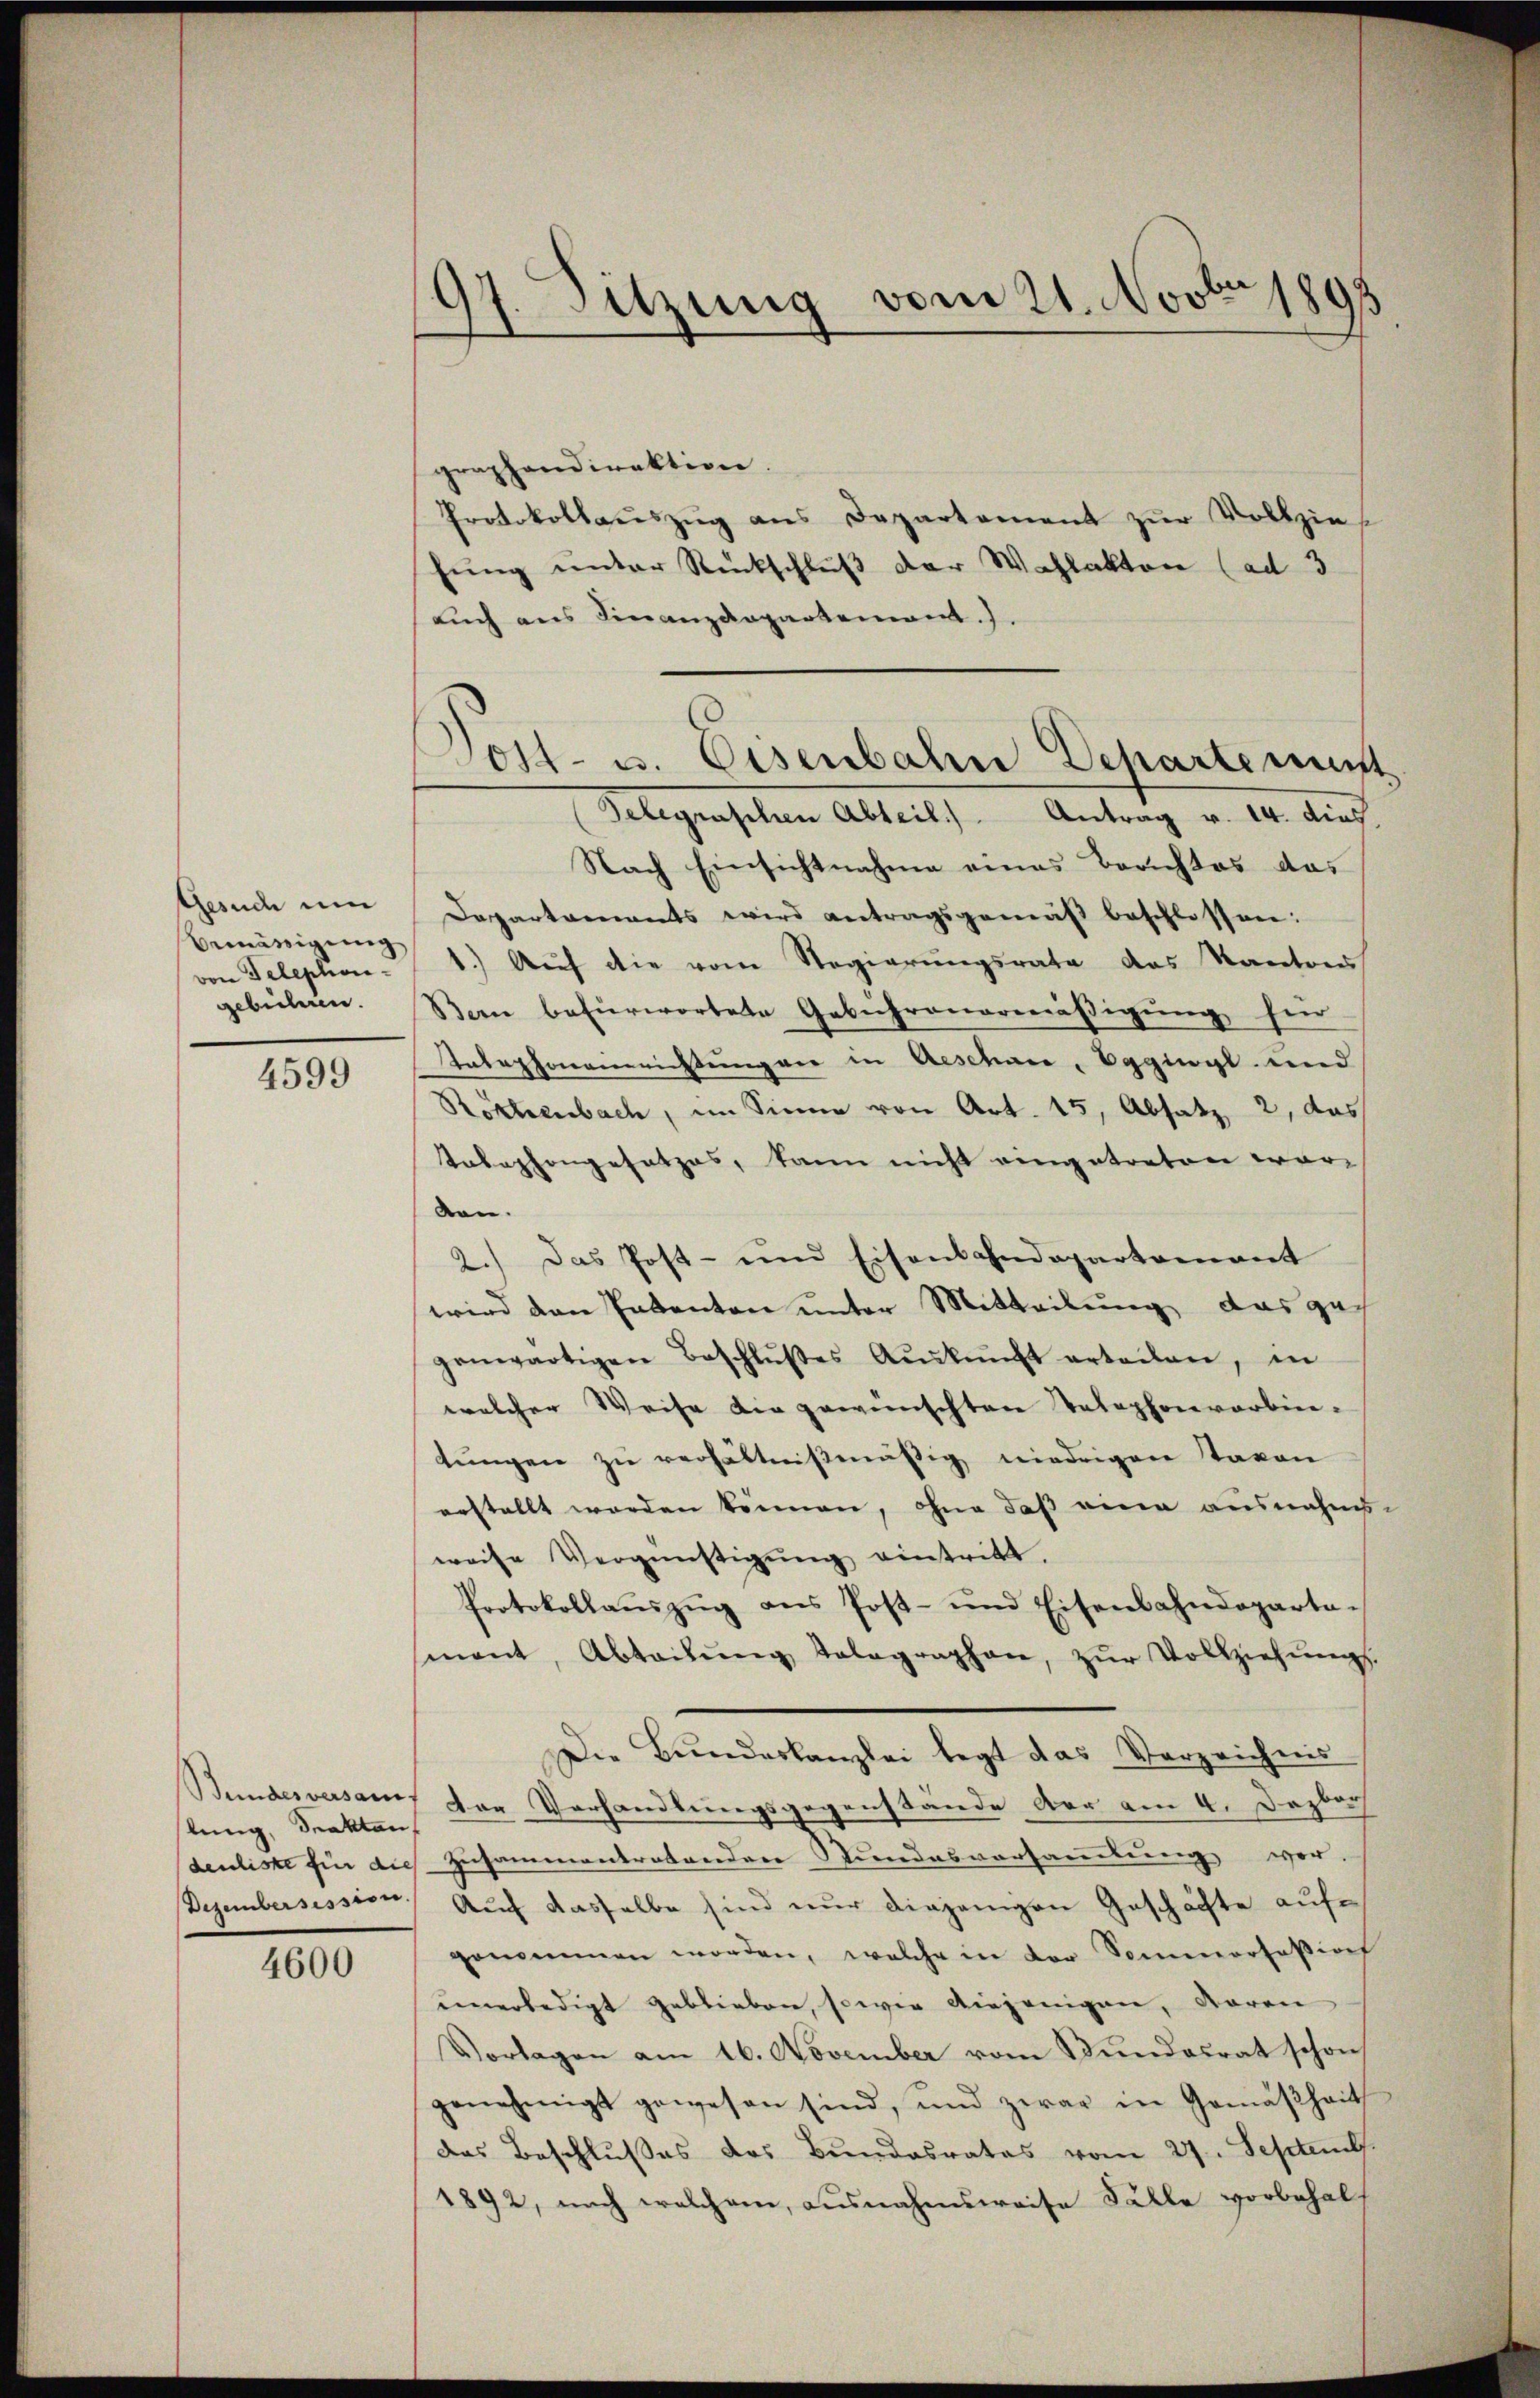
Gesuche um
Bemässigung
von Telephon-
gebühren.

4599

Bundesversam
stung, denkten,
Dezembersission.

4600

97. Sitzung vom 21. Novbr 1895
d

Post- u. Osenbahn Departement

graphendirektion.
Protokollauszug aus Departement zur Vollzie
hung unter Rückschluß der Wahlakten (ad 3
auch aus Finanzdepartement.).
(Gelegraschen Abteil.). Antrag v. 14. dies
Nach Einsichtnahme eines Berichtes das
Departements wird antragsgemäβ beschlossen:
1.) Auf die vom Regierungsrata das Kantons
Bern befürwortete Gebührenarmäßigung sei
Antaphonamrichtungen in Aeschäre, Egguogl und
Rochenbach, im Sinne von Art. 15, Absatz 2, das
Telephongesetzes, kann nicht eingetreten war
den.
2.) Das Post- und Eisenbahndepartement
wird den Patenten unter Mitteilung das gech
genwärtigen Beschlŭβes Aŭskŭnft erteilen, in
welcher Weise die gewünschten Telephonverbin-
tŭngen zu verhältnißmäßig niedrigen Taxen
erstellt worden können, ohne daß eine ausnahms-
weise Vergünstigŭng eintritt.
Protokollaŭszŭg ans Post- und Eisenbahndeparta-
mant, Abtadŭng Telegraphen, zŭr Vollziehŭngs
Die Bundeskanzlei legt das Verzeichnis
dor Verhandlungsgegenstände der am 4. Dezbr
denliste für dies Zusammentretenden Stundesvorsamlung vor-
Auch dasselbe sind nur diejenigen Geschäfte aufgenommen worden, welche in der Sommertation
unerledigt geblieben, sowie diejenigen, waren
Vorlagen am 16. November vom Bundesrat schon
genehmigt gewesen sind, und zwar in Gemäßheit
das Beschlusses des Bundesrates vom 27. Septemb.
1892, nach welchem, ausnahmsweise Fälle vorbehalt